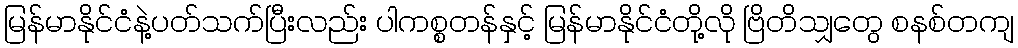
မြန်မာနိုင်ငံနဲ့ပတ်သက်ပြီးလည်း ပါကစ္စတန်နှင့် မြန်မာနိုင်ငံတို့လို ဗြိတိသျှတွေ စနစ်တကျ